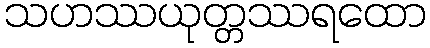
သဟဿယုတ္တဿရထော